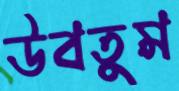
উবতুম